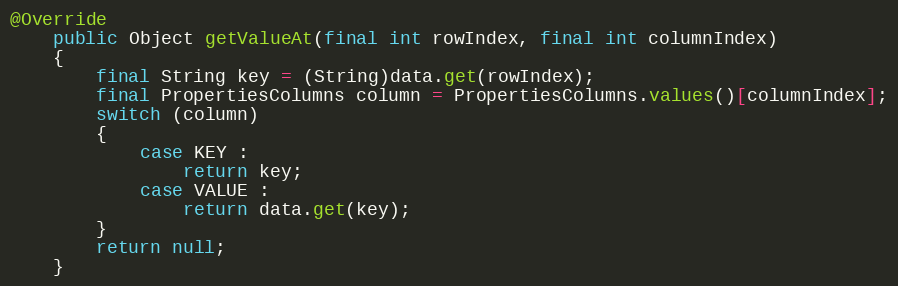
Language: Java
@Override
	public Object getValueAt(final int rowIndex, final int columnIndex)
	{
		final String key = (String)data.get(rowIndex);
		final PropertiesColumns column = PropertiesColumns.values()[columnIndex];
		switch (column)
		{
			case KEY :
				return key;
			case VALUE :
				return data.get(key);
		}
		return null;
	}